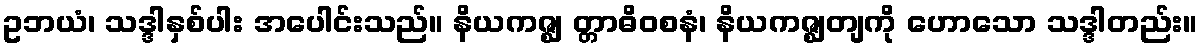
ဥဘယံ၊ သဒ္ဒါနှစ်ပါး အပေါင်းသည်။ နိယကဇ္ဈ တ္တာဓိဝစနံ၊ နိယကဇ္ဈတျကို ဟောသော သဒ္ဒါတည်း။